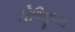
રિલિજીયસ